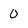
Character: 0